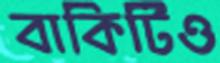
বাকিটিও